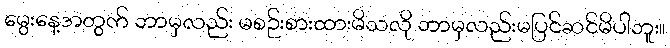
မွေးနေ့အတွက် ဘာမှလည်း မစဉ်းစားထားမိသလို ဘာမှလည်းမပြင်ဆင်မိပါဘူး။